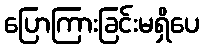
ပြောကြားခြင်းမရှိပေ